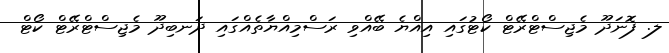
ލ. ފޮނަދޫ މެޖިސްޓްރޭޓް ކޯޓުގައި އިއްޔެ ބޭއްވި ރަސްމިއްޔާތެއްގައި ދަނބިދޫ މެޖިސްޓްރޭޓް ކޯޓް